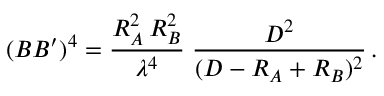
( B B ^ { \prime } ) ^ { 4 } = { \frac { R _ { A } ^ { 2 } \, R _ { B } ^ { 2 } } { \lambda ^ { 4 } } } \; { \frac { D ^ { 2 } } { ( D - R _ { A } + R _ { B } ) ^ { 2 } } } \, .